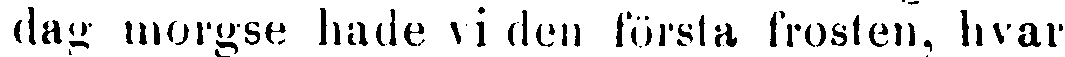
dag morgse hade vi den första frosten, hvar-